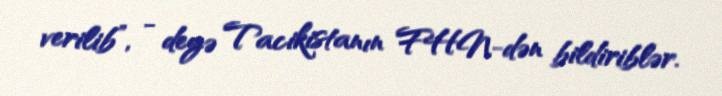
verilib”, - deyə Tacikistanın FHN-dən bildiriblər.